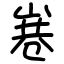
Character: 㟟